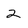
Character: 2